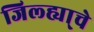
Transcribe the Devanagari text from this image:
जिल्ह्या्चे